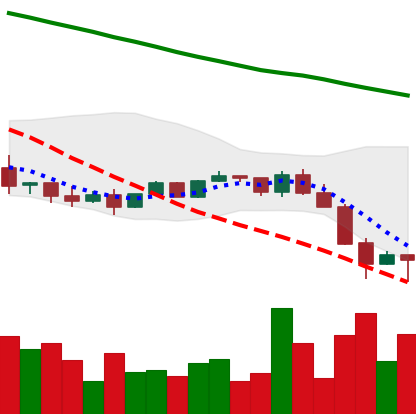
Ticker: NEO-USD
Chart end date: 2022-01-24
Forward return: 6.64%
Label: up_5_7